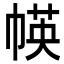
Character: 㡕